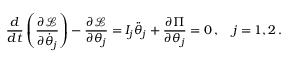
\frac { d } { d t } \left( \frac { \partial \mathcal { L } } { \partial \dot { \theta } _ { j } } \right) - \frac { \partial \mathcal { L } } { \partial \theta _ { j } } = I _ { j } \ddot { \theta } _ { j } + \frac { \partial \Pi } { \partial \theta _ { j } } = 0 \, , \quad j = 1 , 2 \, .